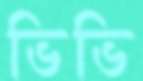
ভিভি